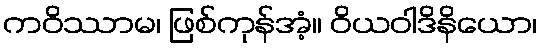
ကဝိဿာမ၊ ဖြစ်ကုန်အံ့။ ဝိယဝါဒိနိယော၊